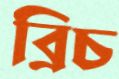
ব্রিচ